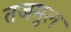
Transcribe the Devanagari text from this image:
तजमुल